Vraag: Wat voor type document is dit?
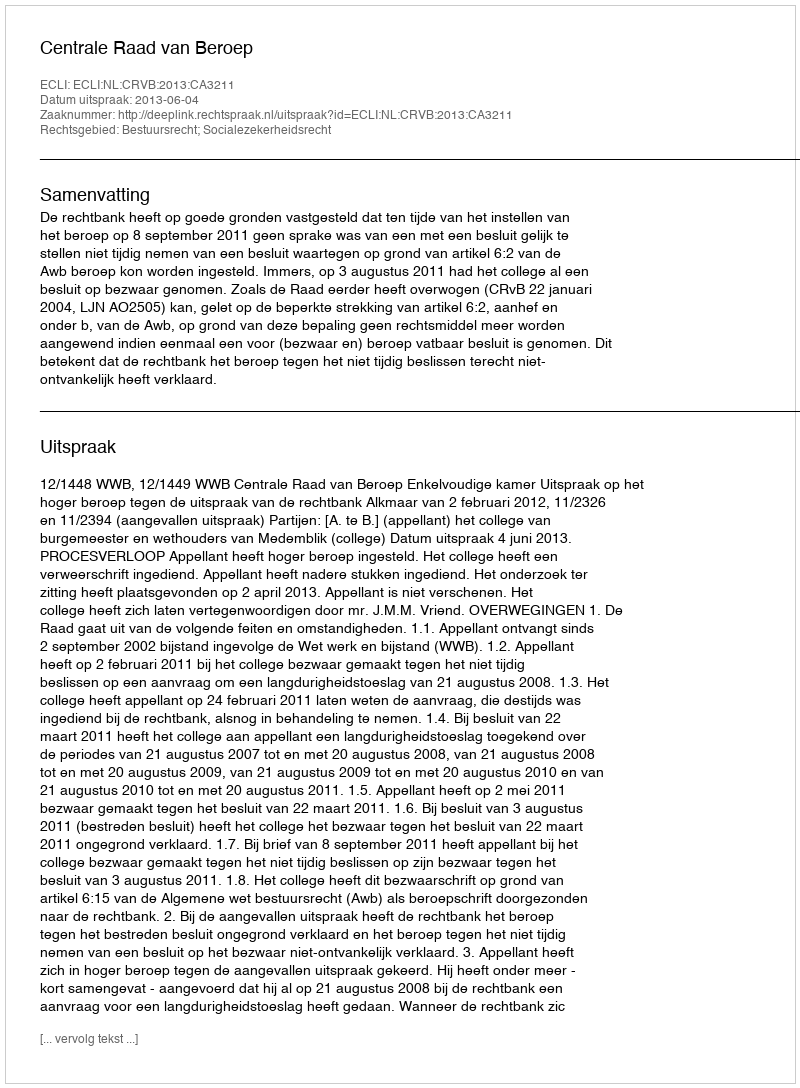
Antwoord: Uitspraak